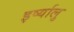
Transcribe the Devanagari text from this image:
इर्ष्यालु